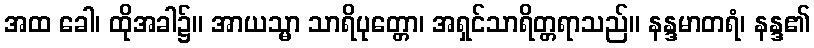
အထ ခေါ၊ ထိုအခါ၌။ အာယသ္မာ သာရိပုတ္တော၊ အရှင်သာရိတ္တရာသည်။ နန္ဒမာတရံ၊ နန္ဒ၏